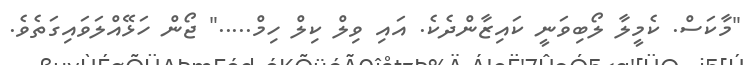
"މާކަސް. ކެމީލާ ލޯބިވަނީ ކައިޒާންދެކެ. އައި ވިލް ކިލް ހިމް....." ޖޯން ހަޅޭއްލަވައިގަތެވެ.